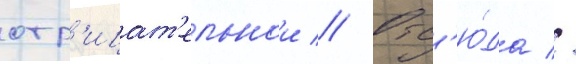
отр'ицат'ельнои // Отс'ю́да //